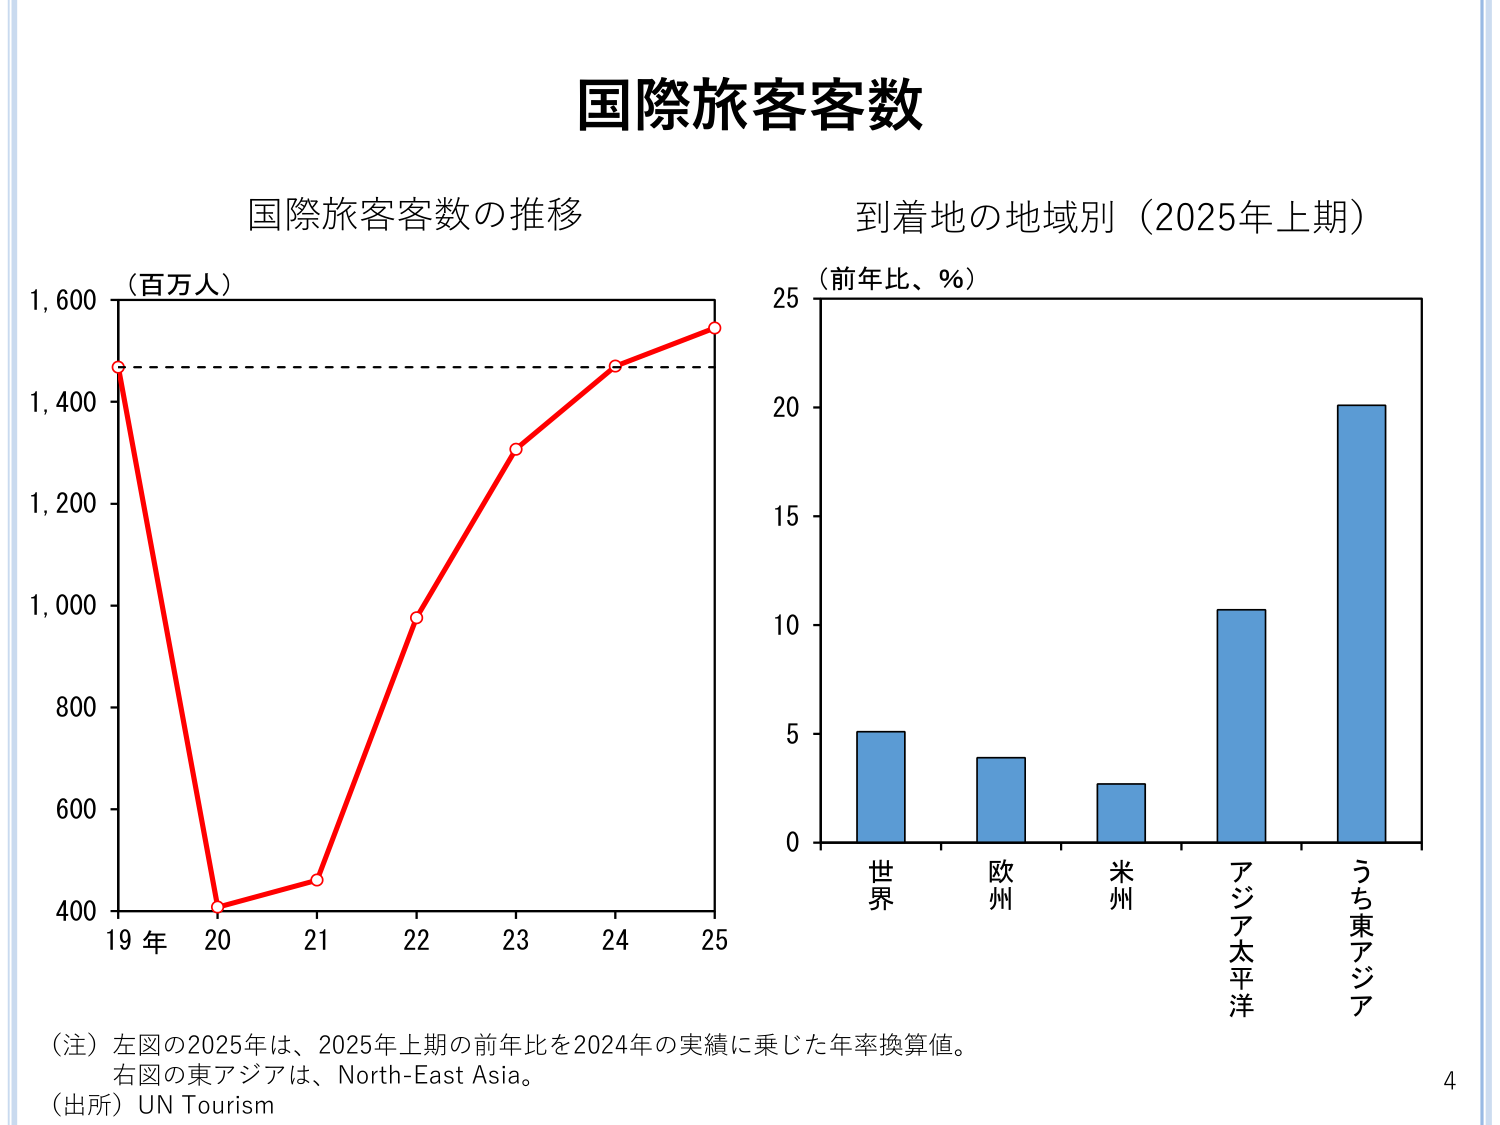
国際旅客客数

国際旅客客数の推移
（百万人）
1,600
1,400
1,200
1,000
800
600
400
19年 20 21 22 23 24 25

到着地の地域別（2025年上期）
（前年比、％）
25
20
15
10
5
0
世界 欧州 米州 アジア太平洋 うち東アジア

（注）左図の2025年は、2025年上期の前年比を2024年の実績に乗じた年率換算値。
右図の東アジアは、North-East Asia。
（出所）UN Tourism

4